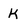
Character: K